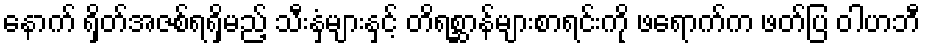
နောက် ရှိတ်အဇစ်ရရှိမည့် သီးနှံများနှင့် တိရစ္ဆာန်များစာရင်းကို ဖရောက်က ဖတ်ပြ ဝါဟဘီ